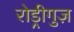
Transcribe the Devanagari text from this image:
रोड्रीगुज़